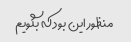
منظور این بود که بگویم